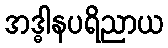
အဒ္ဓါနပရိညာယ